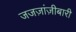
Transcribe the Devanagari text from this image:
जजज़ांज़ीबारी